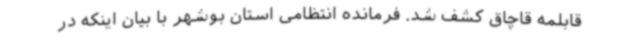
قابلمه قاچاق کشف شد. فرمانده انتظامی استان بوشهر با بیان اینکه در